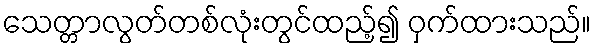
သေတ္တာလွတ်တစ်လုံးတွင်ထည့်၍ ဝှက်ထားသည်။